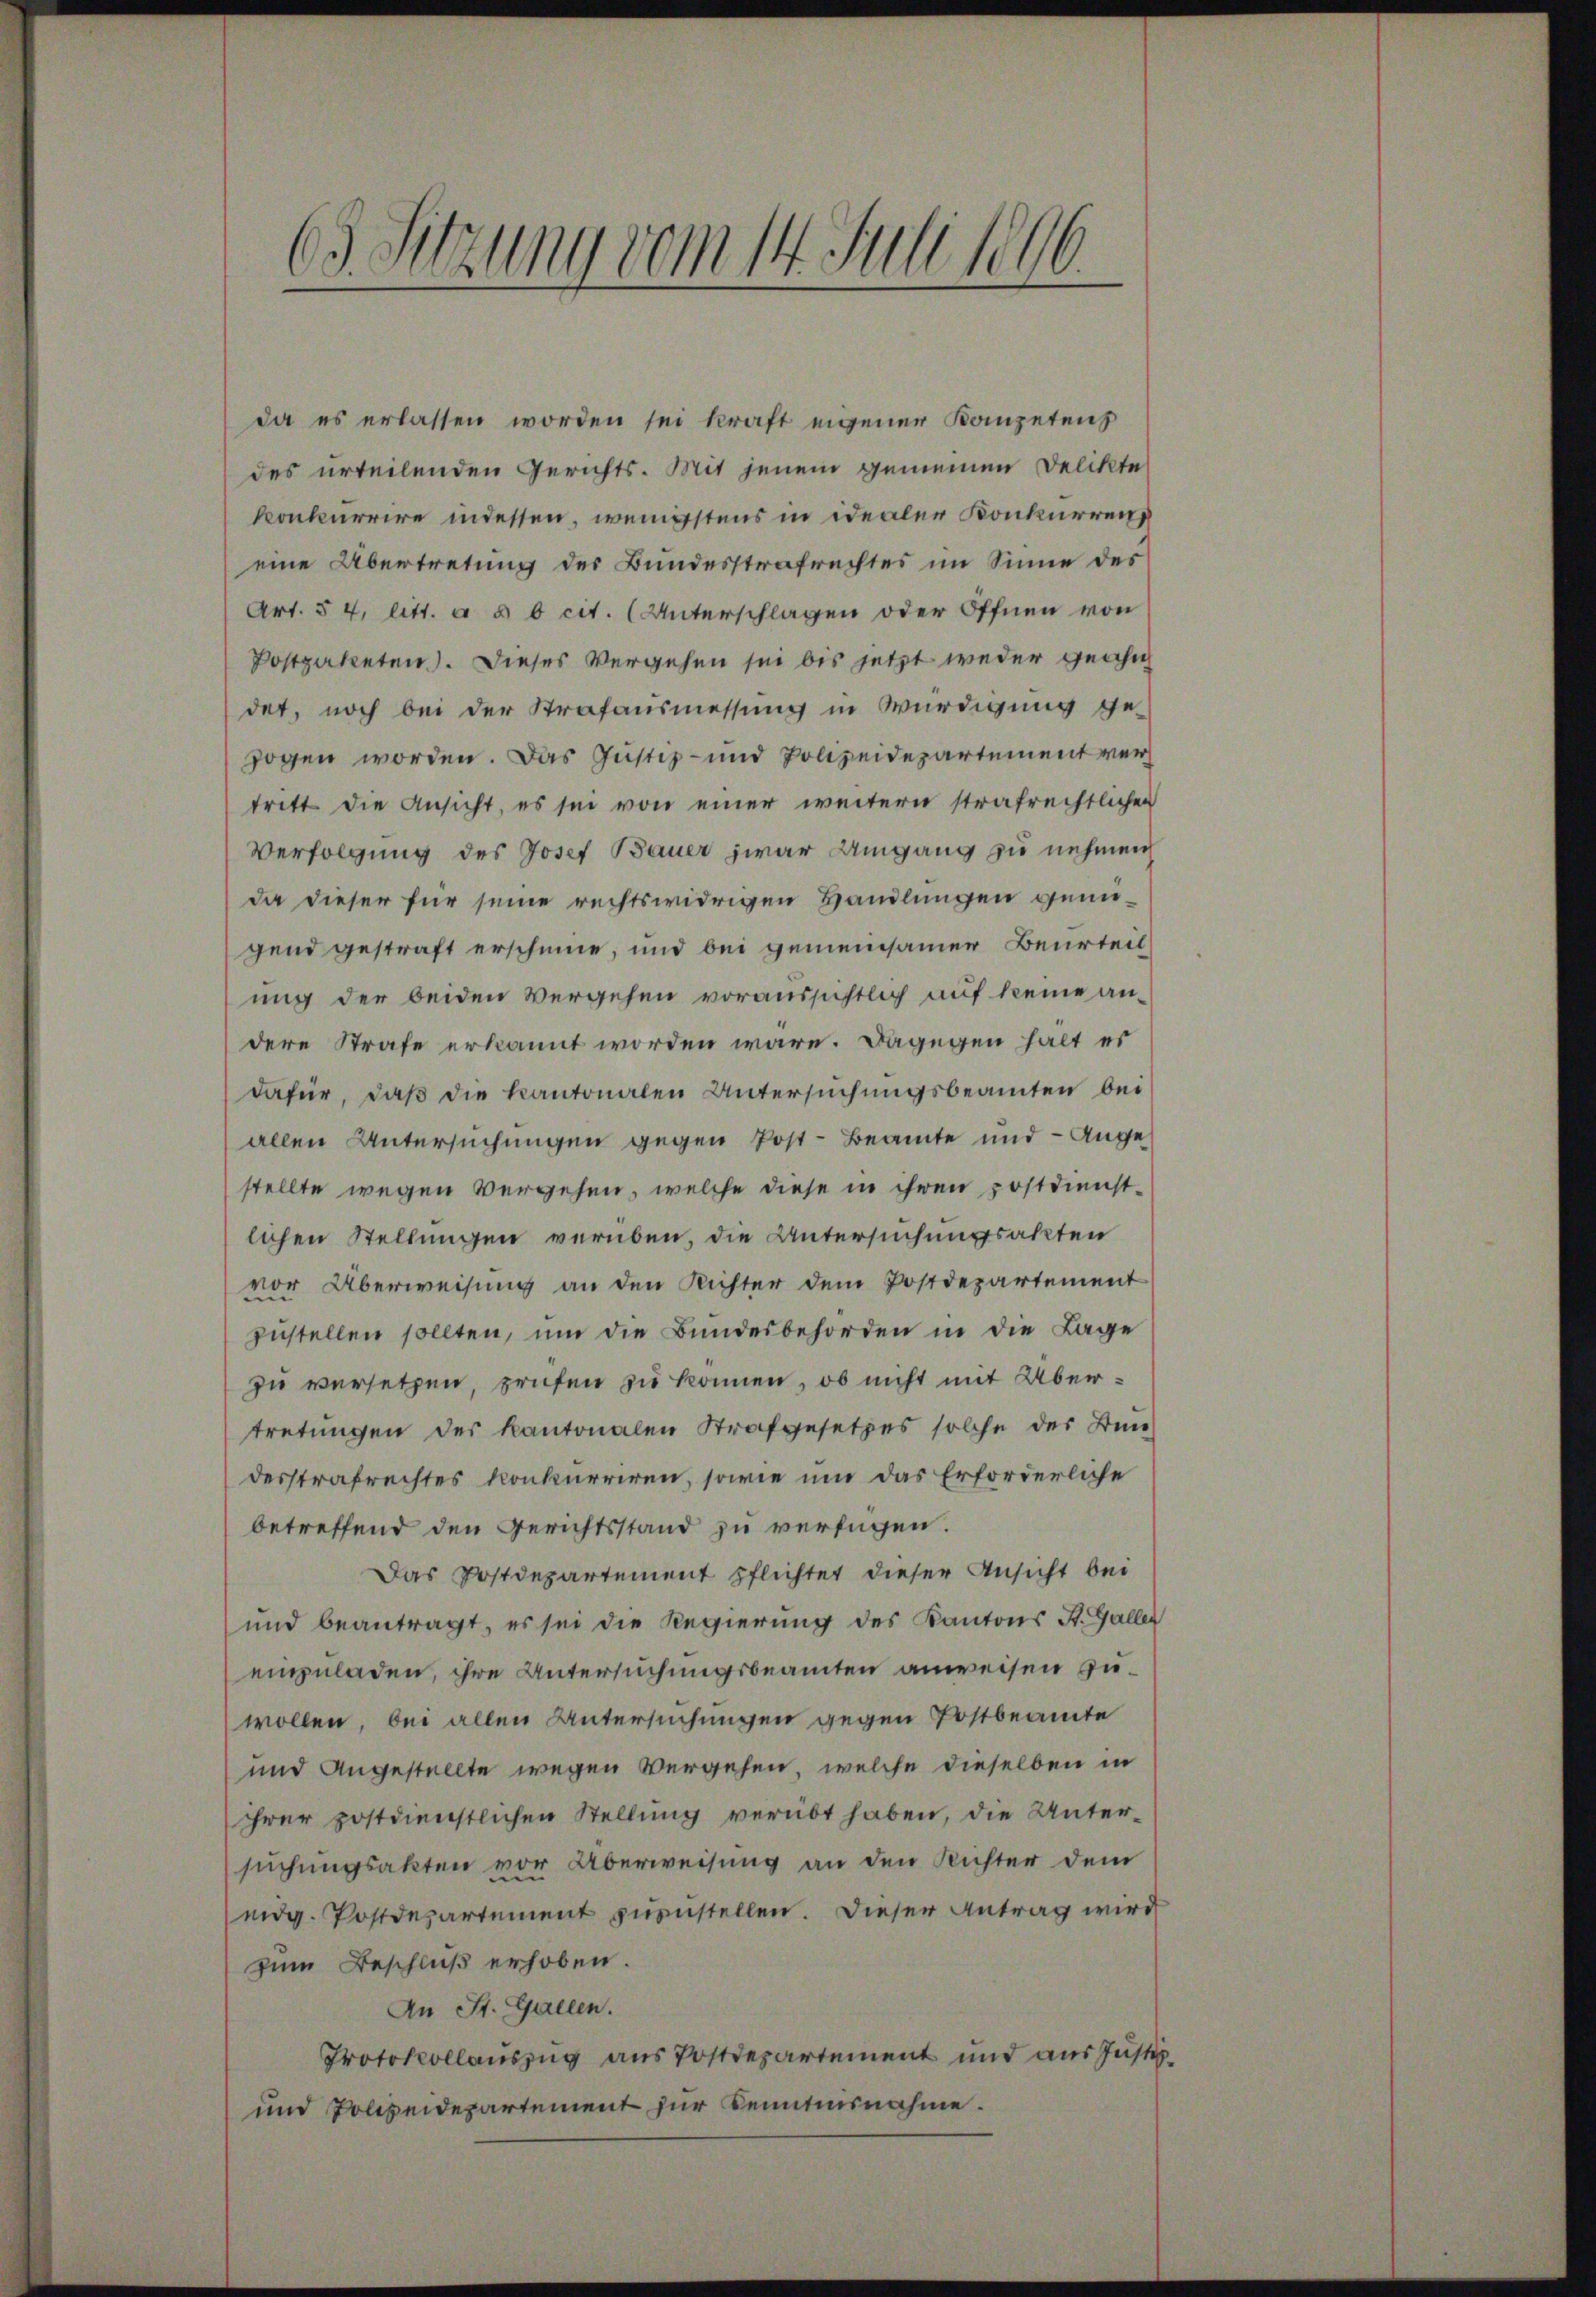
da es erlassen worden sei kraft eigener Kanzetens
des urteilenden Gerichts. Mit jenem gemeinen Delikte
konkurrire indessen, wenigstens in idealer Konkurrenz
eine Übertretung des Bundesstrafrechtes im Sinne des
Art. § 4, litt. a b b cit. (Unterschlagen oder Öffnen von
Postpaketen). Dieses Vergehen sei bis jetzt weder geahn
det, noch bei der Strafausmessung in Würdigung ge-
zogen worden. Das Justiz- und Polizeidepartement vertritt die Ansicht, es sei von einer weitern strafrechtlichen
Verfolgung des Josef Bauer zwar Umgang zu nehmen,
da dieser für seine rechtswidrigen Handlungen genügend gestraft erscheine, und bei gemeinsamer Beurteil
ung der beiden Vergehen voraussichtlich auf keine andere Strafe erkannt worden wäre. Dagegen halt es
dafür, daß die kantonalen Untersuchungsbeamten bei
allen Untersuchungen gegen Post-Beamte und - Angestellte wegen Vergehen, welche diese in ihren Postdienstlichen Stellungen verüben, die Untersuchungsakten
vor Überweisung an den Richter dem Postdepartement
zustellen sollten, um die Bundesbehörden in die Lage
zu versetzen, prüfen zu können, ob nicht mit Übertretungen des Kantonalen Strafgesetzes solche der Bun
desstrafrechtes konkurriren, sowie um das Erforderliche
betreffend den Gerichtsstand zu verfügen.
Das Postdepartement pflichtet dieser Ansicht bei
und beantragt, es sei die Regierŭng des Kantons St. Galler
einzuladen, ihre Untersuchungsbeamten anweisen zuwollen, bei allen Untersuchungen gegen Postbeamte
und Angestellte wegen Vergehen, welche dieselben in
ihrer postdienstlichen Stellung verübt haben, die Untersuchungsakten vor Überweisung an den Richter dem
eidg. Postdepartement zuzustellen. Dieser Antrag wird
zum Beschluß erhoben.
An St. Gallen.
Protokollauszug aus Postdepartement und aus Justi
und Polizeidepartement zur Kenntnisnahme.

63. Sitzung vom 14. Juli 1896.

b.